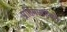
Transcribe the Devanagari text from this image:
प्रतिमासंनिधौ